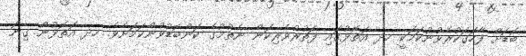
ބޮޑަށް ފާހަގަކުރެވުނުކަމަކީ ހދ އަތޮޅުގައި ފަތުރުވެރިކަން ނެތުމުގެ ކަންބޮޑުވުންކަމަށެވެ. ހދ އަތޮޅުން ގިނަ